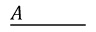
{ \underline { { A \quad \quad \quad } } } \,